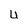
Character: U